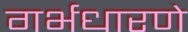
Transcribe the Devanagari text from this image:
गर्भधारणे